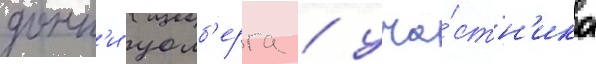
донн'и уолб'ерга / уча́стн'ика